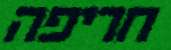
חריפה